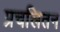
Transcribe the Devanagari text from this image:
प्रचलितन